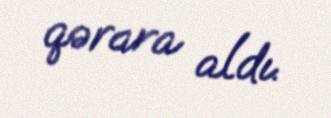
qərara aldı.